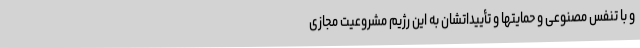
و با تنفس مصنوعی و حمایتها و تأییداتشان به این رژیم مشروعیت مجازی